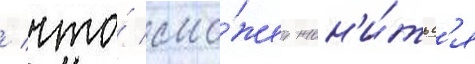
/ что́ смо́жет жен'и́тьс'я